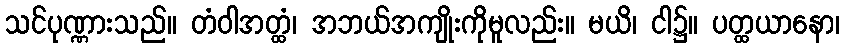
သင်ပုဏ္ဏားသည်။ တံဝါအတ္ထံ၊ အဘယ်အကျိုးကိုမူလည်း။ မယိ၊ ငါ၌။ ပတ္ထယာနော၊